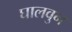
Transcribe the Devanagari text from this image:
घालवुन